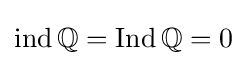
\operatorname {ind} \mathbb {Q} =\operatorname {Ind} \mathbb {Q} =0